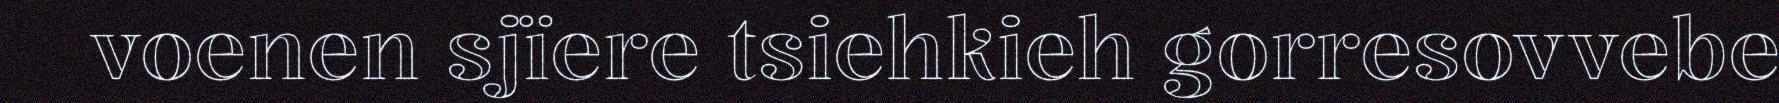
voenen sjïere tsiehkieh gorresovvebe